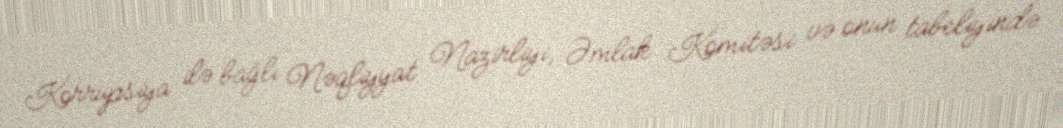
Korrupsiya ilə bağlı Nəqliyyat Nazirliyi, Əmlak Komitəsi və onun tabeliyində